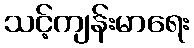
သင့်ကျန်းမာရေး